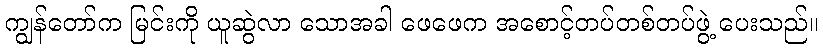
ကျွန်တော်က မြင်းကို ယူဆွဲလာ သောအခါ ဖေဖေက အစောင့်တပ်တစ်တပ်ဖွဲ့ ပေးသည်။